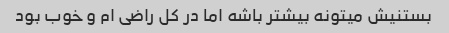
بستنیش میتونه بیشتر باشه اما در کل راضی ام و خوب بود